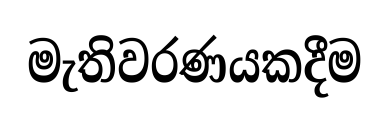
මැතිවරණයකදීම